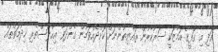
އަދި މި ގޮފީގެ އަމާޒަކީ ސަރުކާރުން ރައްޔިތުންނަށް ކޮށްދެއްވަމުން ގެންދަވާ އިޙްލާސްތެރި ޚިދުމަތްތައް